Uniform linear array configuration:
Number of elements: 12
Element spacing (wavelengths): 0.75
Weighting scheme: cosine
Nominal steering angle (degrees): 45
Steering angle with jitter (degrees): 45.573
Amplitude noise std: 0.05
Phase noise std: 0.05

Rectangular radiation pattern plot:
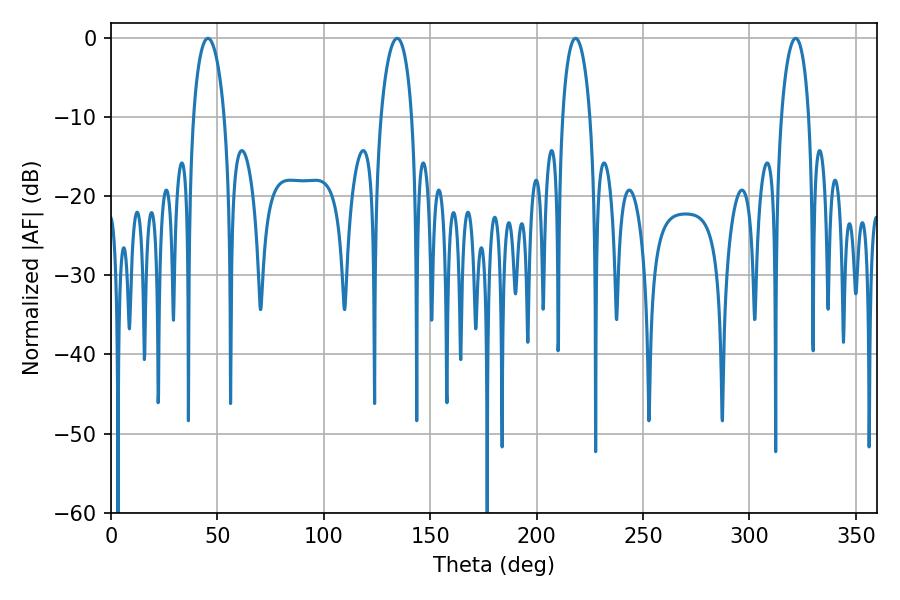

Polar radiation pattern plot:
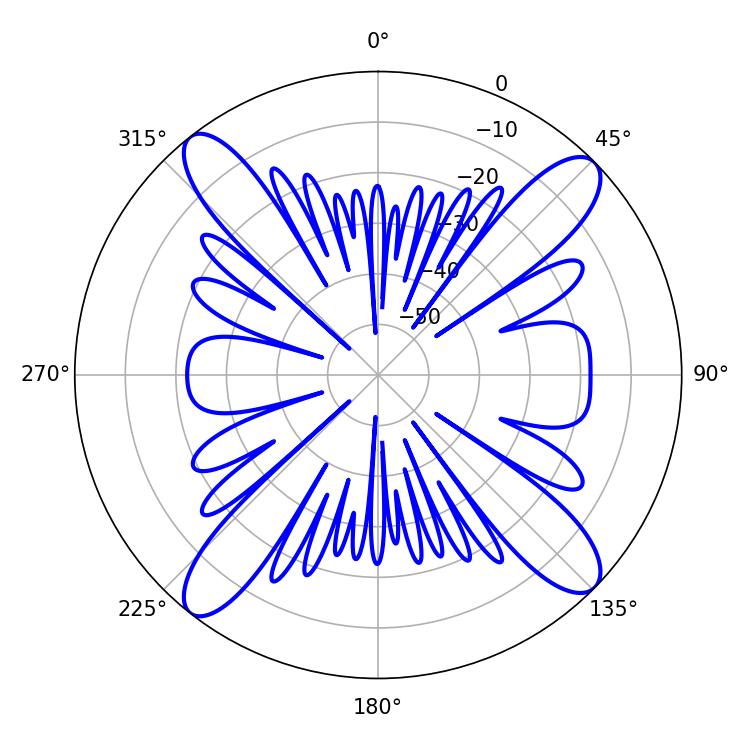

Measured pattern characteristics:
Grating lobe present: TRUE
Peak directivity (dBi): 15.484
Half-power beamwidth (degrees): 8.28
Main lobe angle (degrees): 45.54